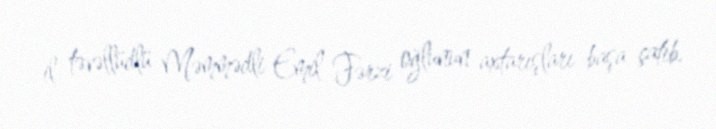
il təvəllüdlü Məmmədli Emil Fərzi oğlunun axtarışları başa çatıb.